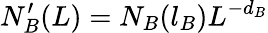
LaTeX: N_{B}^{\prime}(L)=N_{B}(l_{B})L^{-d_{B}}